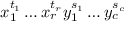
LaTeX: x _ { 1 } ^ { t _ { 1 } } \ldots x _ { r } ^ { t _ { r } } y _ { 1 } ^ { s _ { 1 } } \ldots y _ { c } ^ { s _ { c } }